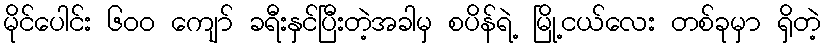
မိုင်ပေါင်း ၆၀၀ ကျော် ခရီးနှင်ပြီးတဲ့အခါမှ စပိန်ရဲ့ မြို့ငယ်လေး တစ်ခုမှာ ရှိတဲ့